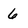
Character: 6